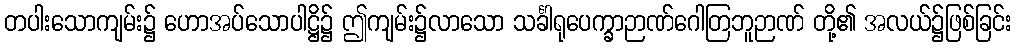
တပါးသောကျမ်း၌ ဟောအပ်သောပါဋ္ဌိ၌ ဤကျမ်း၌လာသော သင်္ခါရုပေက္ခာဉာဏ်ဂေါတြဘူဉာဏ် တို့၏ အလယ်၌ဖြစ်ခြင်း